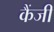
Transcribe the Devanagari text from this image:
कैंजी